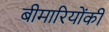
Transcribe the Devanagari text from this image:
बीमारियोंकी